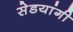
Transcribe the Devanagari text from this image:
सेडयांगी